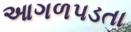
આગળપડતા